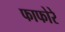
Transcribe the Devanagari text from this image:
फाफोरे